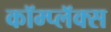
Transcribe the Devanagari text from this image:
कॉम्प्लॅक्स